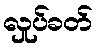
လှုပ်ခတ်